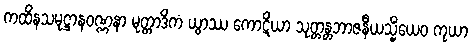
ကထိနသမုဋ္ဌာနဝဏ္ဏနာ မုတ္တာဒိကံ ယွာဿ ကောဋိယာ သုတ္တန္တဘာဇနီယသ္မိံယေဝ ကုယာ